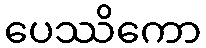
ပေဿိကော